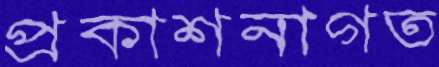
প্রকাশনাগত